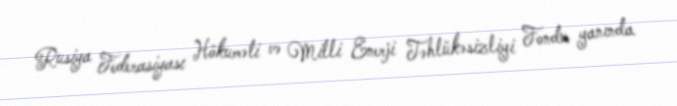
Rusiya Federasiyası Hökuməti və Milli Enerji Təhlükəsizliyi Fondu yanında